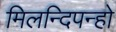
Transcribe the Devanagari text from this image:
मिलन्दिपन्हो